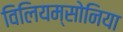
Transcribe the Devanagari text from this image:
विलियम्सोनिया